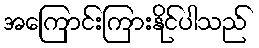
အကြောင်းကြားနိုင်ပါသည်